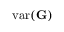
\mathrm { v a r } ( \mathbf G )